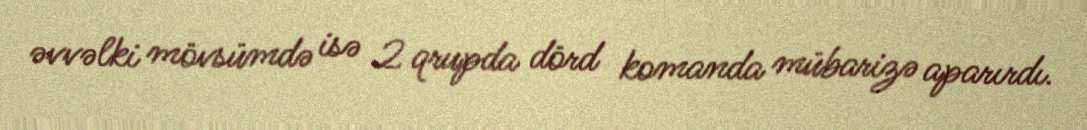
əvvəlki mövsümdə isə 2 qrupda dörd komanda mübarizə aparırdı.